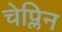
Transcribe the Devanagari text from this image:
चेप्लिन